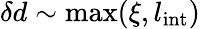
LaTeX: \delta d\sim\operatorname*{max}(\xi,l_{\mathrm{int}})